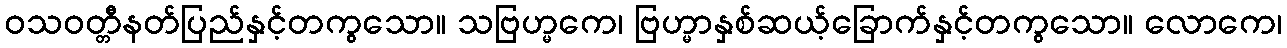
ဝသဝတ္တီနတ်ပြည်နှင့်တကွသော။ သဗြဟ္မကေ၊ ဗြဟ္မာနှစ်ဆယ့်ခြောက်နှင့်တကွသော။ လောကေ၊